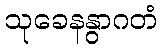
သုခေနနွာဂတံ